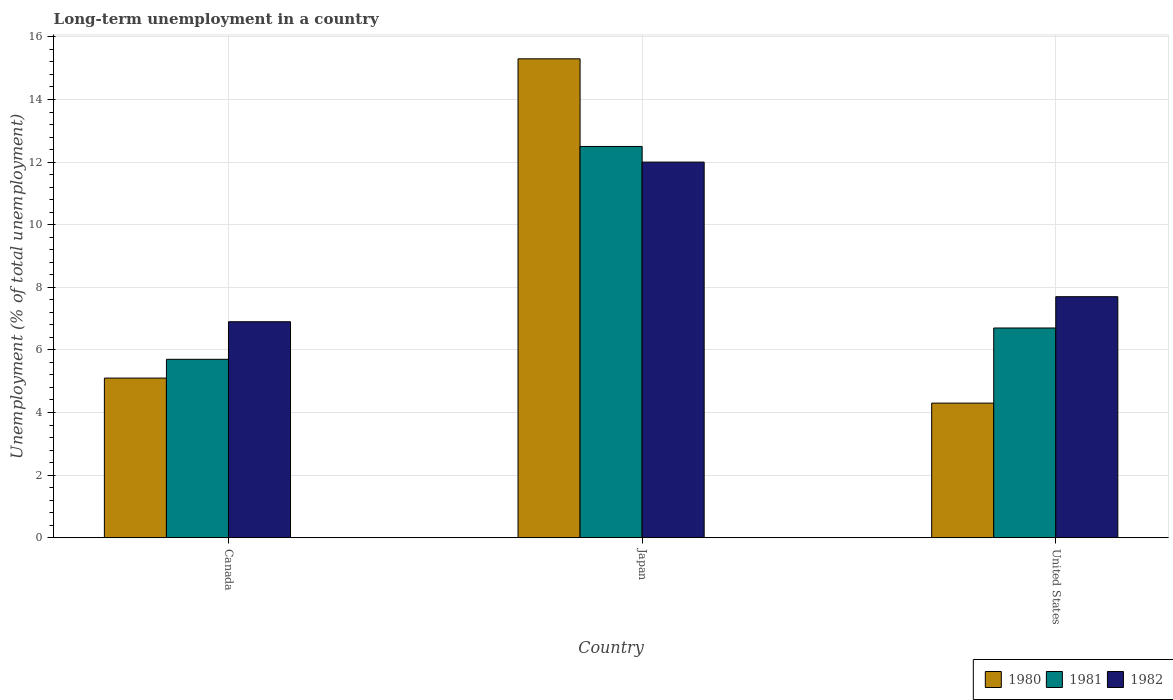
| Country | 1980 | 1981 | 1982 |
 | --- | --- | --- | --- |
 | Canada | 5.1 | 5.7 | 6.9 |
 | Japan | 15.3 | 12.5 | 12 |
 | United States | 4.3 | 6.7 | 7.7 |